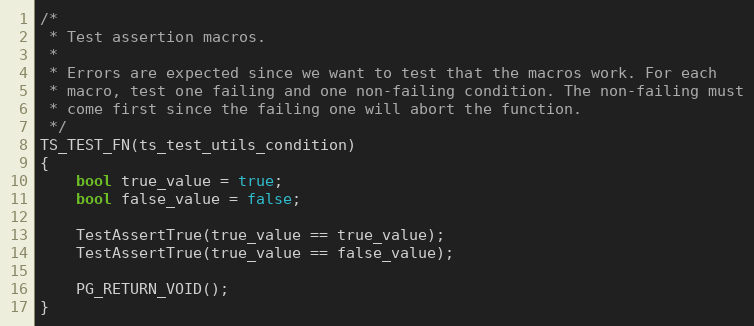
Language: C
/*
 * Test assertion macros.
 *
 * Errors are expected since we want to test that the macros work. For each
 * macro, test one failing and one non-failing condition. The non-failing must
 * come first since the failing one will abort the function.
 */
TS_TEST_FN(ts_test_utils_condition)
{
	bool true_value = true;
	bool false_value = false;

	TestAssertTrue(true_value == true_value);
	TestAssertTrue(true_value == false_value);

	PG_RETURN_VOID();
}